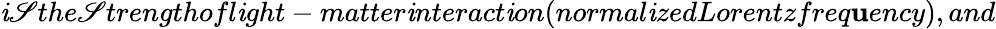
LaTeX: \mathit{i}\mathscr{S}the\mathscr{S}trengthofl\mathit{i}ght-matter\mathit{i}nteract\mathit{i}on(normal\mathit{i}zedLorentzfreq\mathbf{u}ency),and